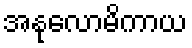
အနုလောမိကာယ